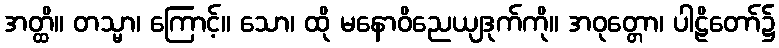
အတ္ထိ။ တသ္မာ၊ ကြောင့်။ သော၊ ထို မနောဝိညေယျဒုက်ကို။ အဝုတ္တော၊ ပါဠိတော်၌